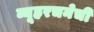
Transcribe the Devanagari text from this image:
व्यूहरचनेची